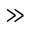
\gg